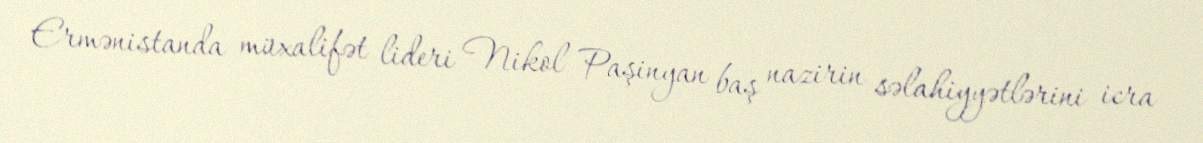
Ermənistanda müxalifət lideri Nikol Paşinyan baş nazirin səlahiyyətlərini icra